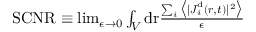
\begin{array} { r } { \mathrm { S C N R } \equiv \operatorname* { l i m } _ { \epsilon \rightarrow 0 } \int _ { V } \mathrm { d } \mathbf { { \boldsymbol { r } } } \frac { \sum _ { i } \big \langle \vert { { \boldsymbol { J } } } _ { i } ^ { \mathrm { d } } ( { \boldsymbol { r } } , t ) \vert ^ { 2 } \big \rangle } { \epsilon } } \end{array}